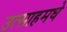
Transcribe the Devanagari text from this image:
उत्साहमधे